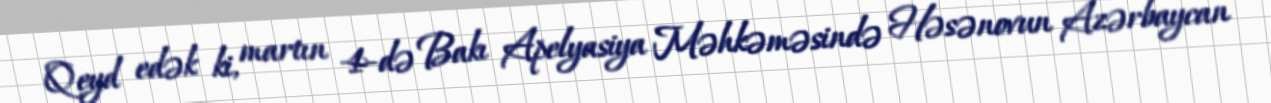
Qeyd edək ki, martın 4-də Bakı Apelyasiya Məhkəməsində Həsənovun Azərbaycan